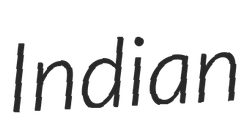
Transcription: Indian